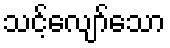
သင့်လျော်သော